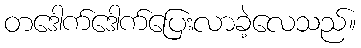
တဒေါက်ဒေါက်ပြေးလာခဲ့လေသည်။